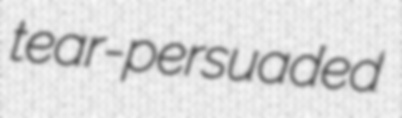
tear-persuaded